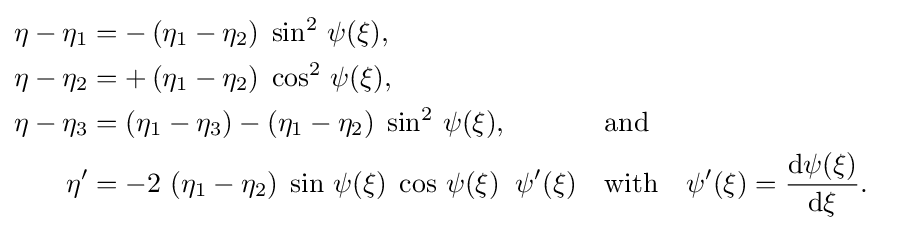
{\begin{aligned}\eta -\eta _{1}&=-\left(\eta _{1}-\eta _{2}\right)\;\sin ^{2}\,\psi (\xi ),\\\eta -\eta _{2}&=+\left(\eta _{1}-\eta _{2}\right)\;\cos ^{2}\,\psi (\xi ),\\\eta -\eta _{3}&=\left(\eta _{1}-\eta _{3}\right)-\left(\eta _{1}-\eta _{2}\right)\;\sin ^{2}\,\psi (\xi ),&&{\text{and}}\\\eta '&=-2\,\left(\eta _{1}-\eta _{2}\right)\;\sin \,\psi (\xi )\;\cos \,\psi (\xi )\;\;\psi '(\xi )&&{\text{with}}\quad \psi '(\xi )={\frac {{\text{d}}\psi (\xi )}{{\text{d}}\xi }}.\end{aligned}}